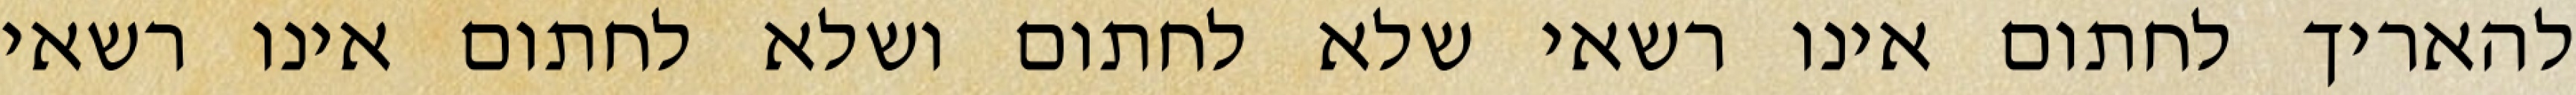
להאריך לחתום אינו רשאי שלא לחתום ושלא לחתום אינו רשאי